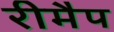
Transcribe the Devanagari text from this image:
रीमैप